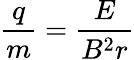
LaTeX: {\frac{q}{m}}={\frac{E}{B^{2}r}}